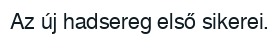
Az új hadsereg első sikerei.